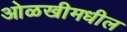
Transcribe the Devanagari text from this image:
ओळखीमधील